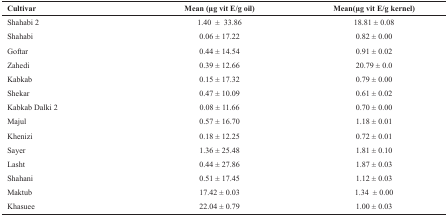
<table><thead><tr><td><b>Cultivar</b></td><td><b>Mean (μg vit E/g oil)</b></td><td><b>Mean(μg vit E/g kernel)</b></td></tr></thead><tbody><tr><td>Shahabi 2</td><td>1.40 ± 33.86</td><td>18.81 ± 0.08</td></tr><tr><td>Shahabi</td><td>0.06 ± 17.22</td><td>0.82 ± 0.00</td></tr><tr><td>Goftar</td><td>0.44 ± 14.54</td><td>0.91 ± 0.02</td></tr><tr><td>Zahedi</td><td>0.39 ± 12.66</td><td>20.79 ± 0.0</td></tr><tr><td>Kabkab</td><td>0.15 ± 17.32</td><td>0.79 ± 0.00</td></tr><tr><td>Shekar</td><td>0.47 ± 10.09</td><td>0.61 ± 0.02</td></tr><tr><td>Kabkab Dalki 2</td><td>0.08 ± 11.66</td><td>0.70 ± 0.00</td></tr><tr><td>Majul</td><td>0.57 ± 16.70</td><td>1.18 ± 0.01</td></tr><tr><td>Khenizi</td><td>0.18 ± 12.25</td><td>0.72 ± 0.01</td></tr><tr><td>Sayer</td><td>1.36 ± 25.48</td><td>1.81 ± 0.10</td></tr><tr><td>Lasht</td><td>0.44 ± 27.86</td><td>1.87 ± 0.03</td></tr><tr><td>Shahani</td><td>0.51 ± 17.45</td><td>1.12 ± 0.03</td></tr><tr><td>Maktub</td><td>17.42 ± 0.03</td><td>1.34 ± 0.00</td></tr><tr><td>Khasuee</td><td>22.04 ± 0.79</td><td>1.00 ± 0.03</td></tr></tbody></table>